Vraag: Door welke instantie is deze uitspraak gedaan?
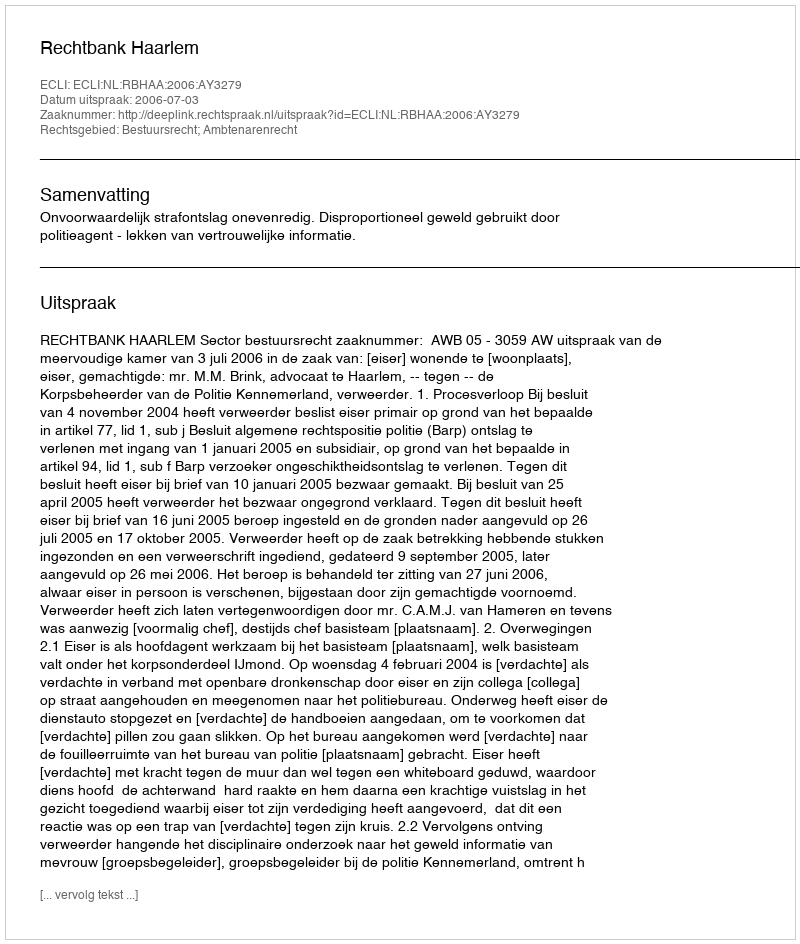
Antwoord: Rechtbank Haarlem